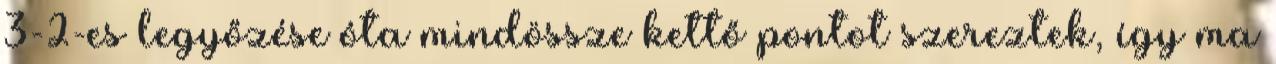
3-2-es legyőzése óta mindössze kettő pontot szereztek, így ma